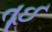
તૂઈ